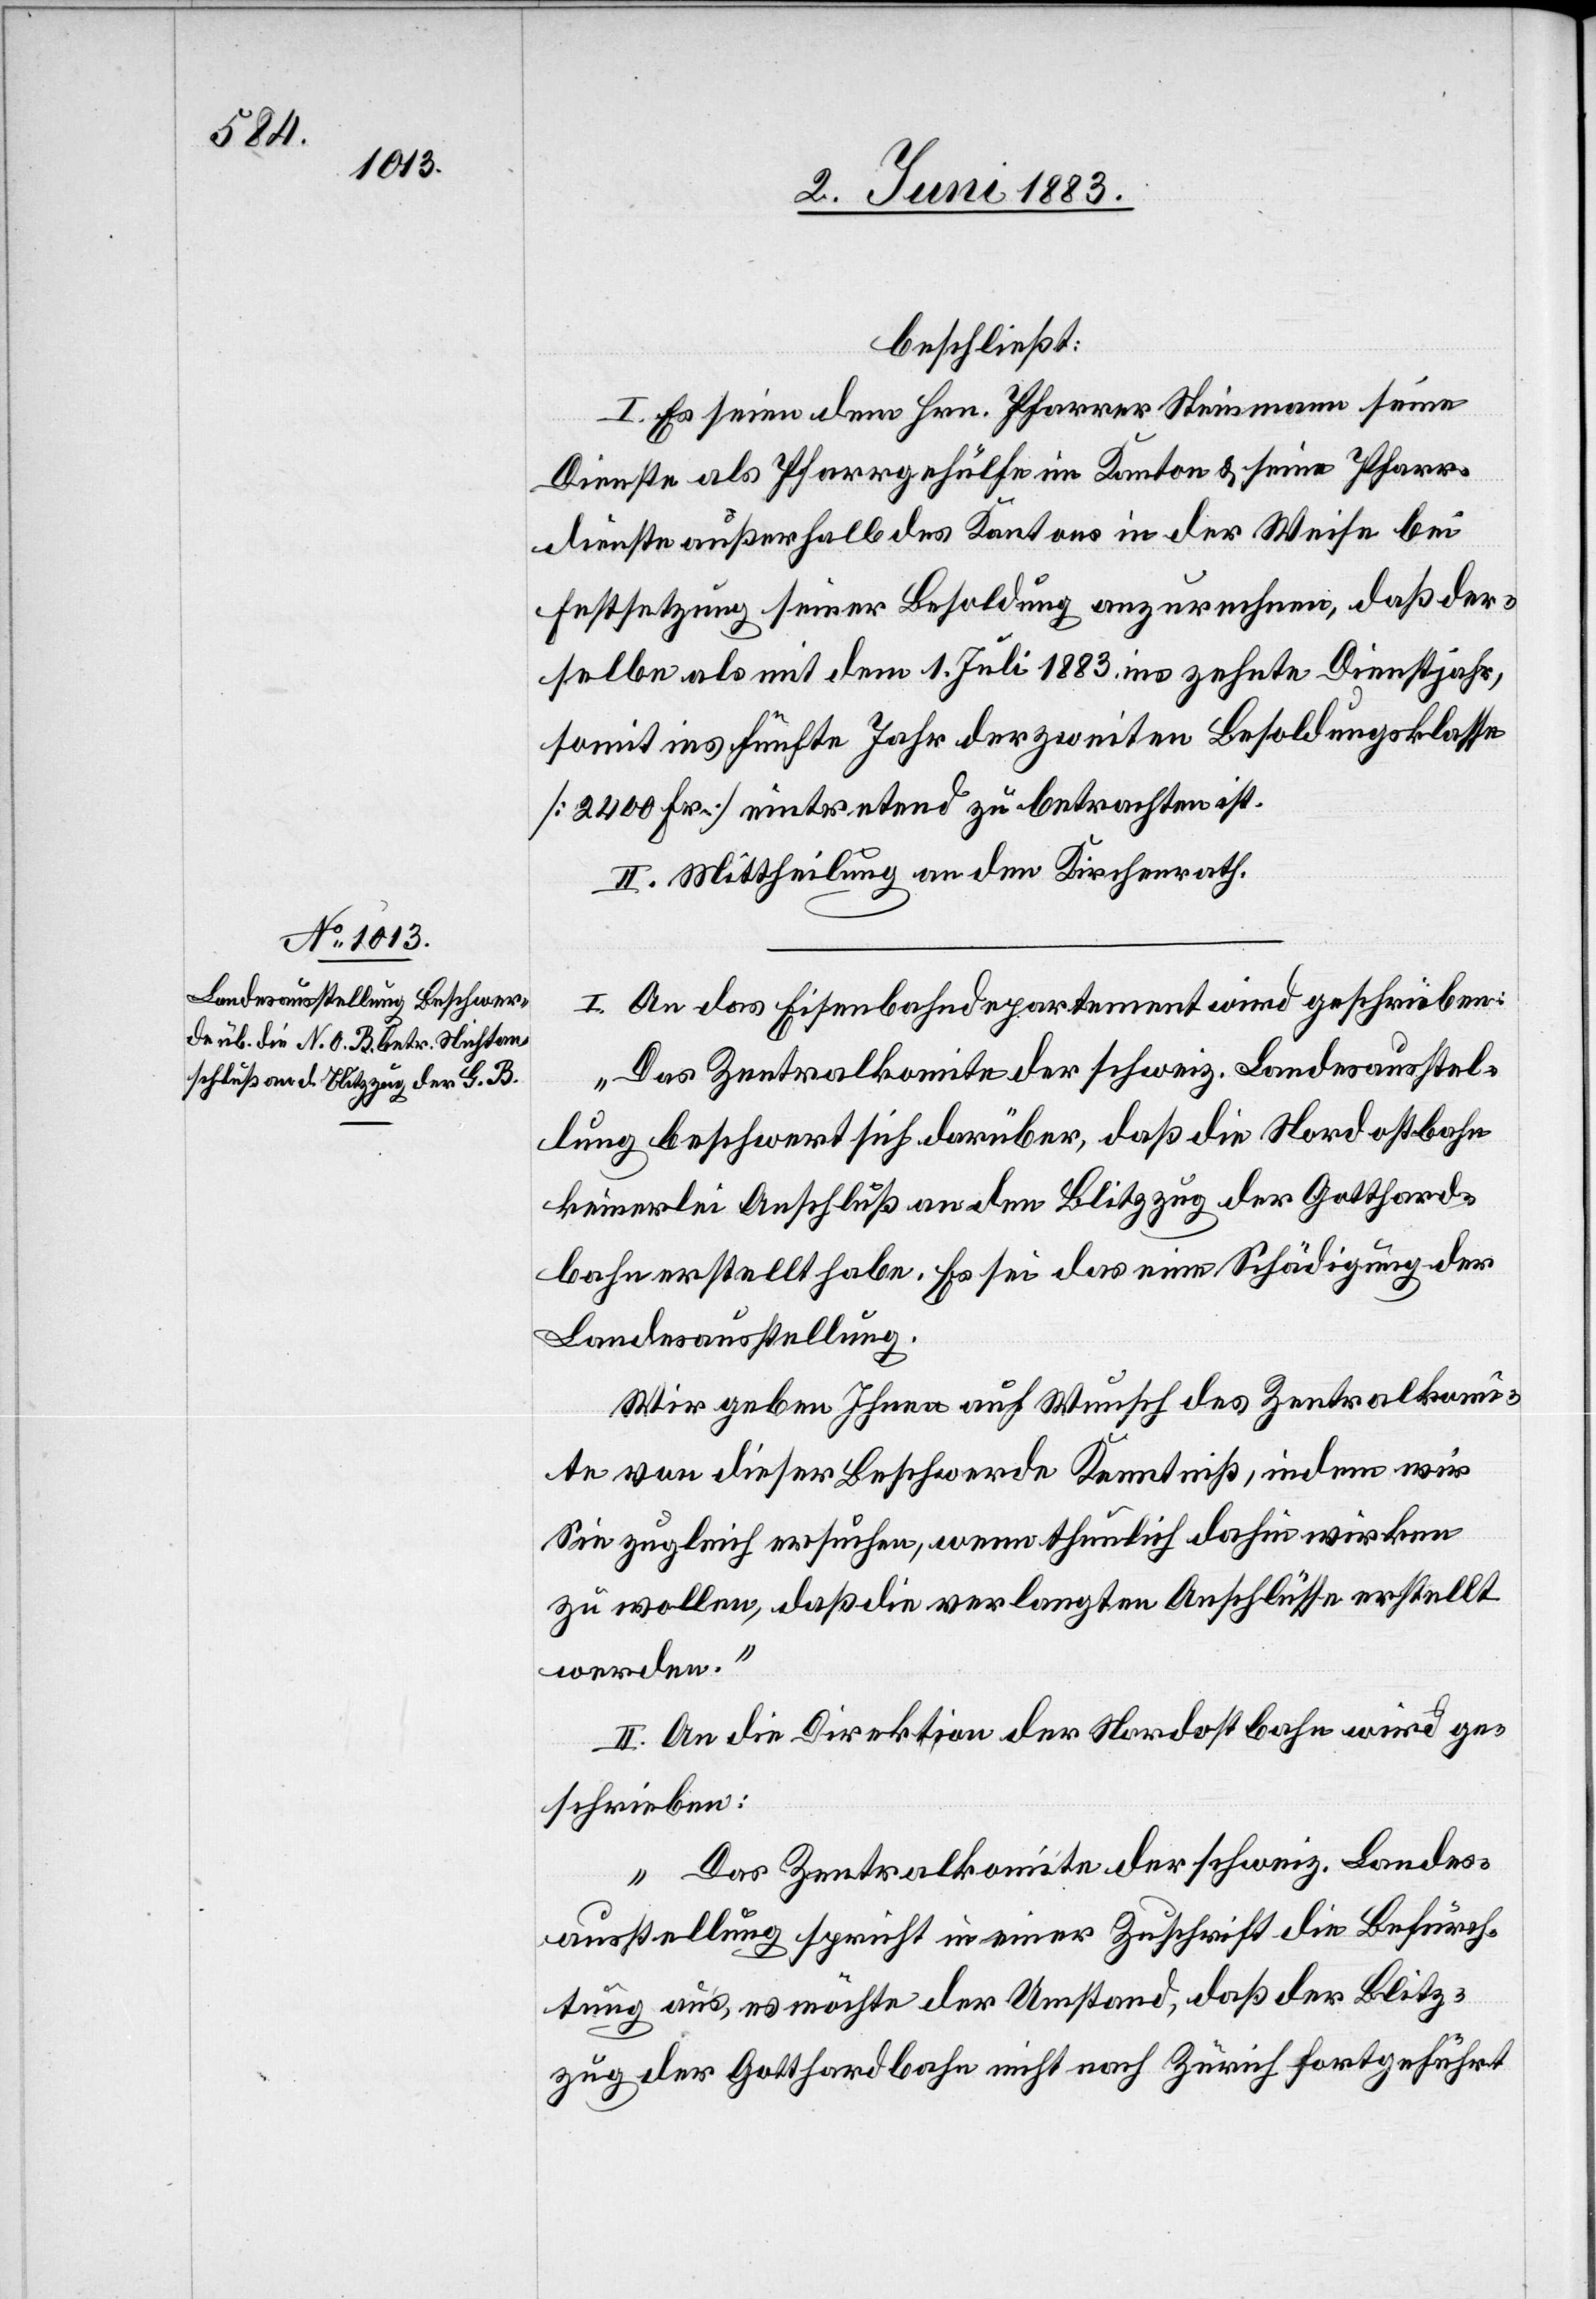
beschließt:
I. Es seien dem Hrn. Pfarrer Steinmann seine
Dienste als Pfarrgehülfe im Kanton & seine Pfarr¬
dienste außerhalb des Kantons in der Weise bei
Festsetzung seiner Besoldung anzurechnen, daß der¬
selbe als mit dem 1. Juli 1883 ins zehnte Dienstjahr,
somit ins fünfte Jahr der zweiten Besoldungsklasse
[2400 Fr.] eintretend zu betrachten ist.
II. Mittheilung an den Kirchenrath.
I. An das Eisenbahndepartement wird geschrieben:
„Das Zentralkomite der schweiz. Landesausstel¬
lung beschwert sich darüber, daß die Nordostbahn
keinerlei Anschluß an den Blitzzug der Gotthard¬
bahn erstellt habe. Es sei das eine Schädigung der
Landesausstellung.
Wir geben Ihnen auf Wunsch des Zentralkomi¬
te von dieser Beschwerde Kenntniß, indem wir
sie zugleich ersuchen, wenn thunlich dahin wirken
zu wollen, daß die verlangten Anschlüsse erstellt
werden.“
II. An die Direktion der Nordostbahn wird ge¬
schrieben:
„Das Zentralkomite der schweiz. Landes¬
ausstellung spricht in einer Zuschrift die Befürch¬
tung aus, es möchte der Umstand, daß der Blitz¬
zug der Gotthardbahn nicht nach Zürich fortgeführt